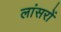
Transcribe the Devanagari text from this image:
लांसरों